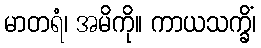
မာတရံ၊ အမိကို။ ကာယသက္ခိံ၊